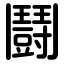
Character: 鬪